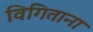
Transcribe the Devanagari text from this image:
विगिताना